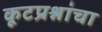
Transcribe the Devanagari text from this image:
कूटप्रश्नांचा